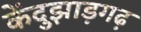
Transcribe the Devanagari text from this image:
केंदुझाड़गढ़